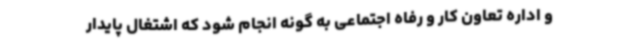
و اداره تعاون کار و رفاه اجتماعی به گونه انجام شود که اشتغال پایدار